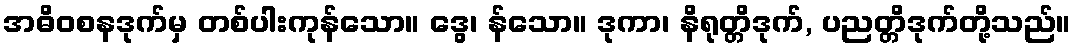
အဓိဝစနဒုက်မှ တစ်ပါးကုန်သော။ ဒွေ၊ န်သော။ ဒုကာ၊ နိရုတ္တိဒုက်, ပညတ္တိဒုက်တို့သည်။